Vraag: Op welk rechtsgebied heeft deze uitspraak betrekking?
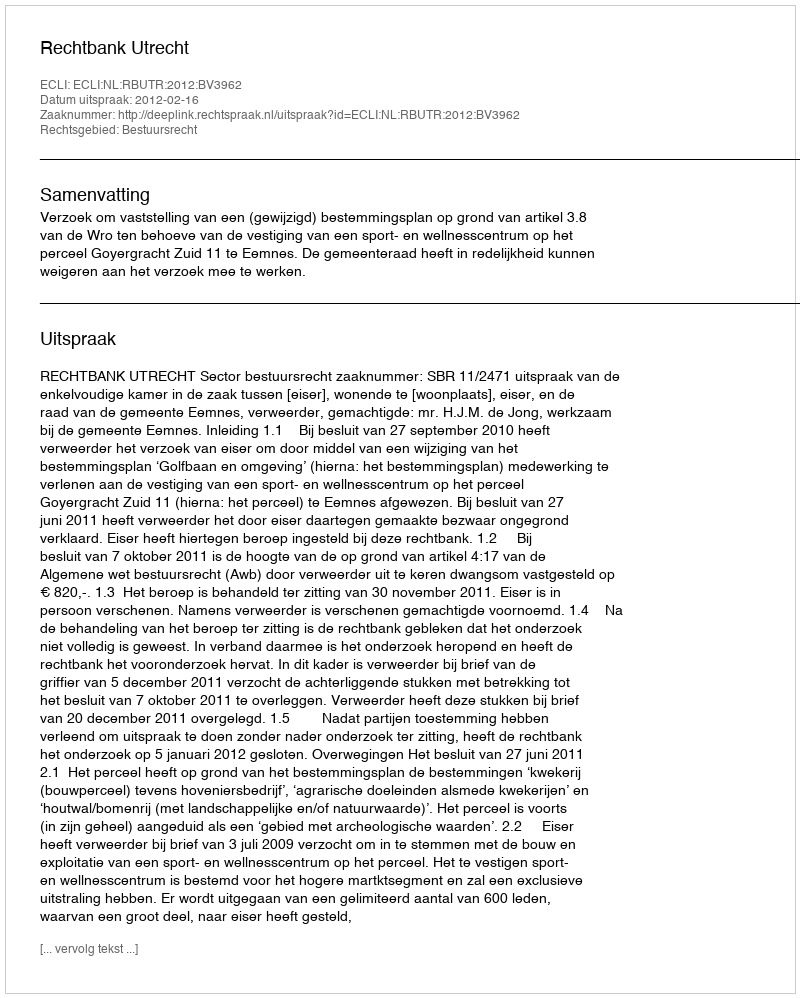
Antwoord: Bestuursrecht